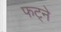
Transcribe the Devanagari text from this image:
फट्ने